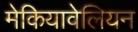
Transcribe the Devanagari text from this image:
मेकियावेलियन